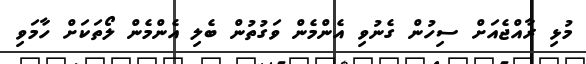
މުޅި ރާއްޖެއަށް ސިހުން ގެނުވި އެންމެން ވަގުތުން ބެލި އެންމެން ލޯތަކަށް ހާމަވި